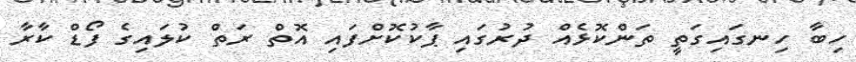
ހިބާ ހިނގައިގަތީ ތަންކޮޅެއް ދުރުގައި ޕާކުކޮށްފައި އޮތް ރަތް ކުލައިގެ ފޯޑް ކާރާ